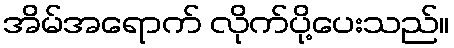
အိမ်အရောက် လိုက်ပို့ပေးသည်။